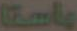
باستا